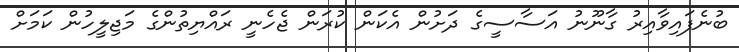
ބުނެފައިވާއިރު ގާނޫނު އަސާސީގެ ދަށުން އެކަން ކުރަން ޖެހެނީ ރައްޔިތުންގެ މަޖިލީހުން ކަމަށް